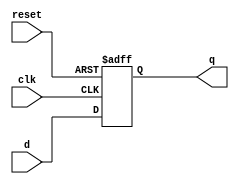
module ParameterizedRegister #(parameter N = 8) (
    input wire clk,          // Clock signal
    input wire reset,        // Asynchronous reset signal
    input wire [N-1:0] d,    // N-bit wide input data
    output reg [N-1:0] q     // N-bit wide output
);

    // Always block for register behavior
    always @(posedge clk or posedge reset) begin
        if (reset) begin
            q <= {N{1'b0}};  // Clear the register (set to 0)
        end else begin
            q <= d;          // Capture the input data
        end
    end

endmodule